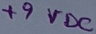
Text: +9VDC